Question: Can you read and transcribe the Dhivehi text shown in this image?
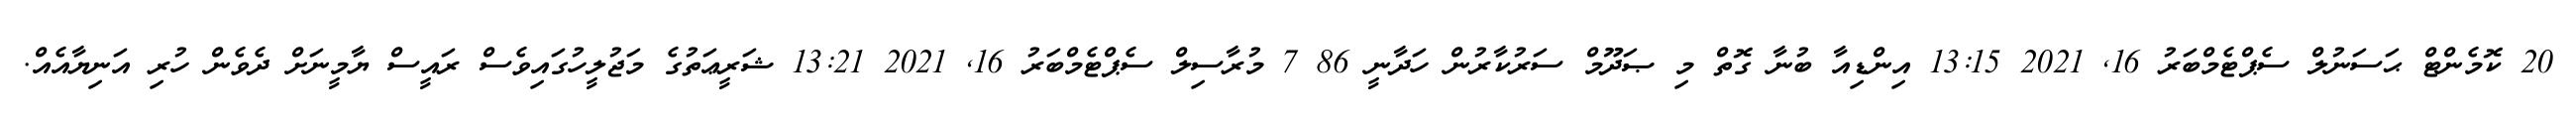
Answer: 20 ކޮމެންޓް ޙަސަނުލް ސެޕްޓެމްބަރު 16, 2021 13:15 އިންޑިއާ ބުނާ ގޮތް މި ޞަދޫމް ސަރުކާރުން ހަދާނީ 86 7 މުރާސިލް ސެޕްޓެމްބަރު 16, 2021 13:21 ޝަރީޢަތުގެ މަޖުލީހުގައިވެސް ރައީސް ޔާމީނަށް ދެވެން ހުރި އަނިޔާއެއް.